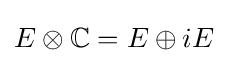
E\otimes \mathbb {C} =E\oplus iE